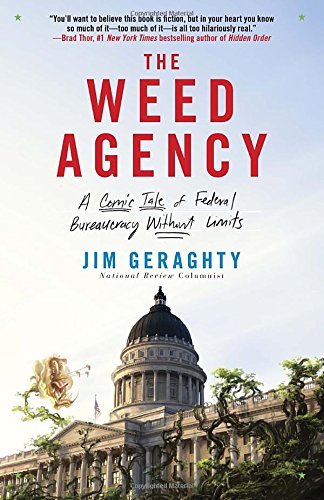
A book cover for The Weed Agency: A Comic Tale of Federal Bureaucracy Without Limits; Jim Geraghty; Humor & Entertainment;